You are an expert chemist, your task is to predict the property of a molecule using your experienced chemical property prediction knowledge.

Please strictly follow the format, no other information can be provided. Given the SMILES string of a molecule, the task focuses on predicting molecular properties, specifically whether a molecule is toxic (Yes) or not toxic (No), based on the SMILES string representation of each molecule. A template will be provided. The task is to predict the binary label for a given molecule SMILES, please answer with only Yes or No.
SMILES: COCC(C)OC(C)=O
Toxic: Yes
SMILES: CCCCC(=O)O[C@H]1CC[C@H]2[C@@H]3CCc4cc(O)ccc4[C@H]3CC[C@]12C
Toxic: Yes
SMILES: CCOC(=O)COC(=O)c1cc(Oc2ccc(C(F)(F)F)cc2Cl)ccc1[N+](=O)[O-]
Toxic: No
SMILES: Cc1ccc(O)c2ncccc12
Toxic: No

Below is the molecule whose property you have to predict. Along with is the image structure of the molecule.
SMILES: CNC(=O)Oc1cccc2c1OC(C)(C)O2
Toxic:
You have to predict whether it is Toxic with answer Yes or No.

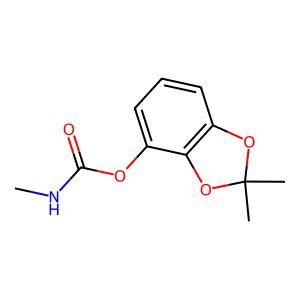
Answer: No